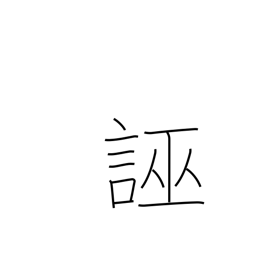
Meaning: slander